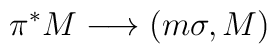
\pi^{*}M \longrightarrow (m\sigma, M)